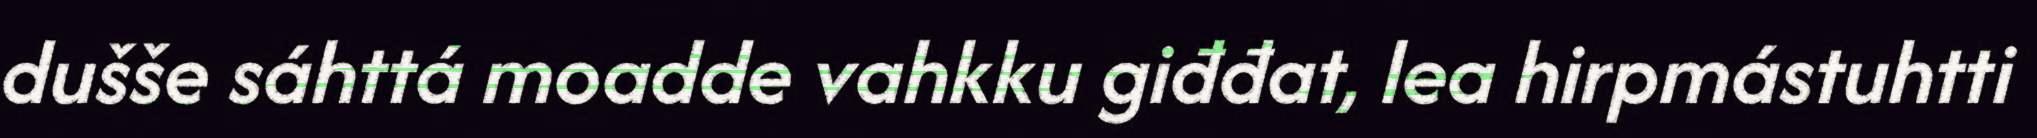
dušše sáhttá moadde vahkku giđđat, lea hirpmástuhtti